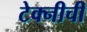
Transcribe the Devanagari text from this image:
टेक्नीची